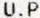
U.P